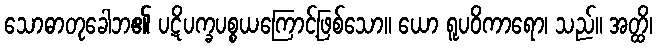
သောဓာတုခေါဘ၏ ပဋိပက္ခပစ္စယကြောင့်ဖြစ်သော။ ယော ရူပဝိကာရော၊ သည်။ အတ္ထိ၊